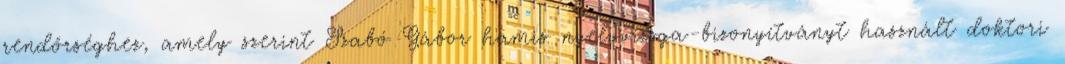
rendőrséghez, amely szerint Szabó Gábor hamis nyelvvizsga-bizonyítványt használt doktori